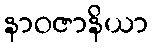
နာဝဇာနိယာ